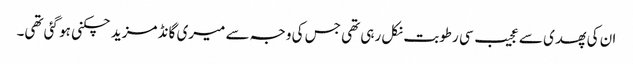
ان کی پھدی سے عجیب سی رطوبت نکل رہی تھی جس کی وجہ سے میری گانڈ مزید چکنی ہو گئی تھی۔